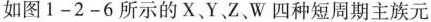
如图1-2-6所示的X、Y，Z、W四种短周期主族元